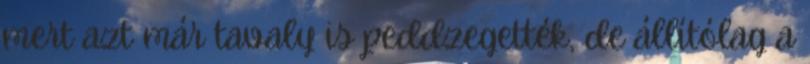
mert azt már tavaly is peddzegették, de állítólag a